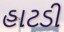
હાટડી